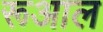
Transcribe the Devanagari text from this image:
रूआल